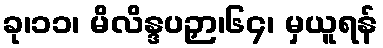
ခု၊၁၁၊ မိလိန္ဒပဉှာ၊၆၄၊ မှယူရန်